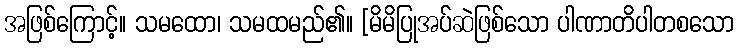
အဖြစ်ကြောင့်။ သမထော၊ သမထမည်၏။ [မိမိပြုအပ်ဆဲဖြစ်သော ပါဏာတိပါတစသော